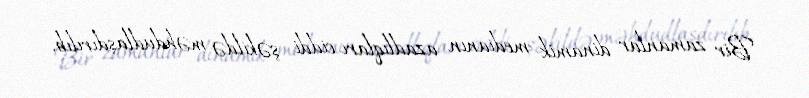
Bir zamanlar dinamik medianın azadlıqları ciddi şəkildə məhdudlaşdırılıb,